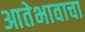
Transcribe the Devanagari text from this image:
आतेभावाचा